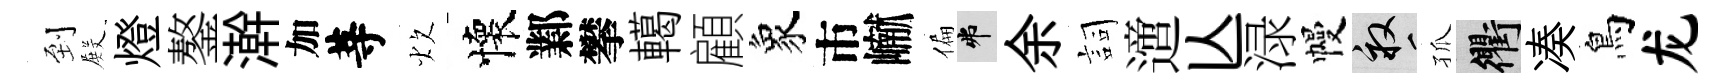
到𭮺燈鏊澣加䓁炊懷鄴攀轕顧象市𪩘偏弗余詞𨗁亾渌幔畝孤衢凑鳥龙